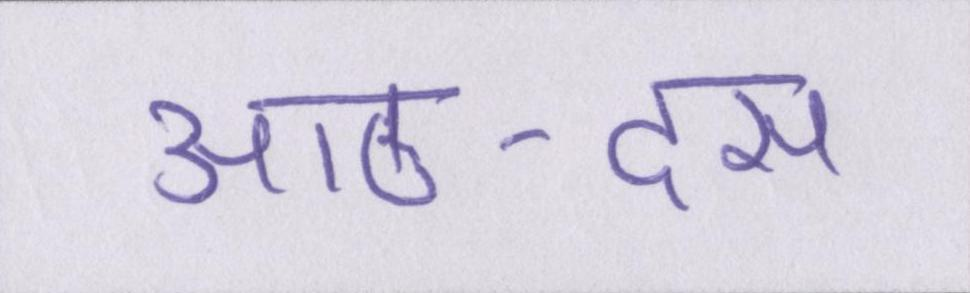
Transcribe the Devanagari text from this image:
आठ-दस